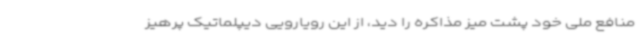
منافع ملی خود پشت میز مذاکره را دید، از این رویارویی دیپلماتیک پرهیز